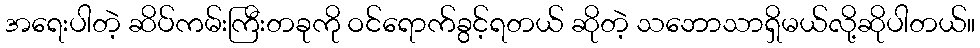
အရေးပါတဲ့ ဆိပ်ကမ်းကြီးတခုကို ဝင်ရောက်ခွင့်ရတယ် ဆိုတဲ့ သဘောသာရှိမယ်လို့ဆိုပါတယ်။